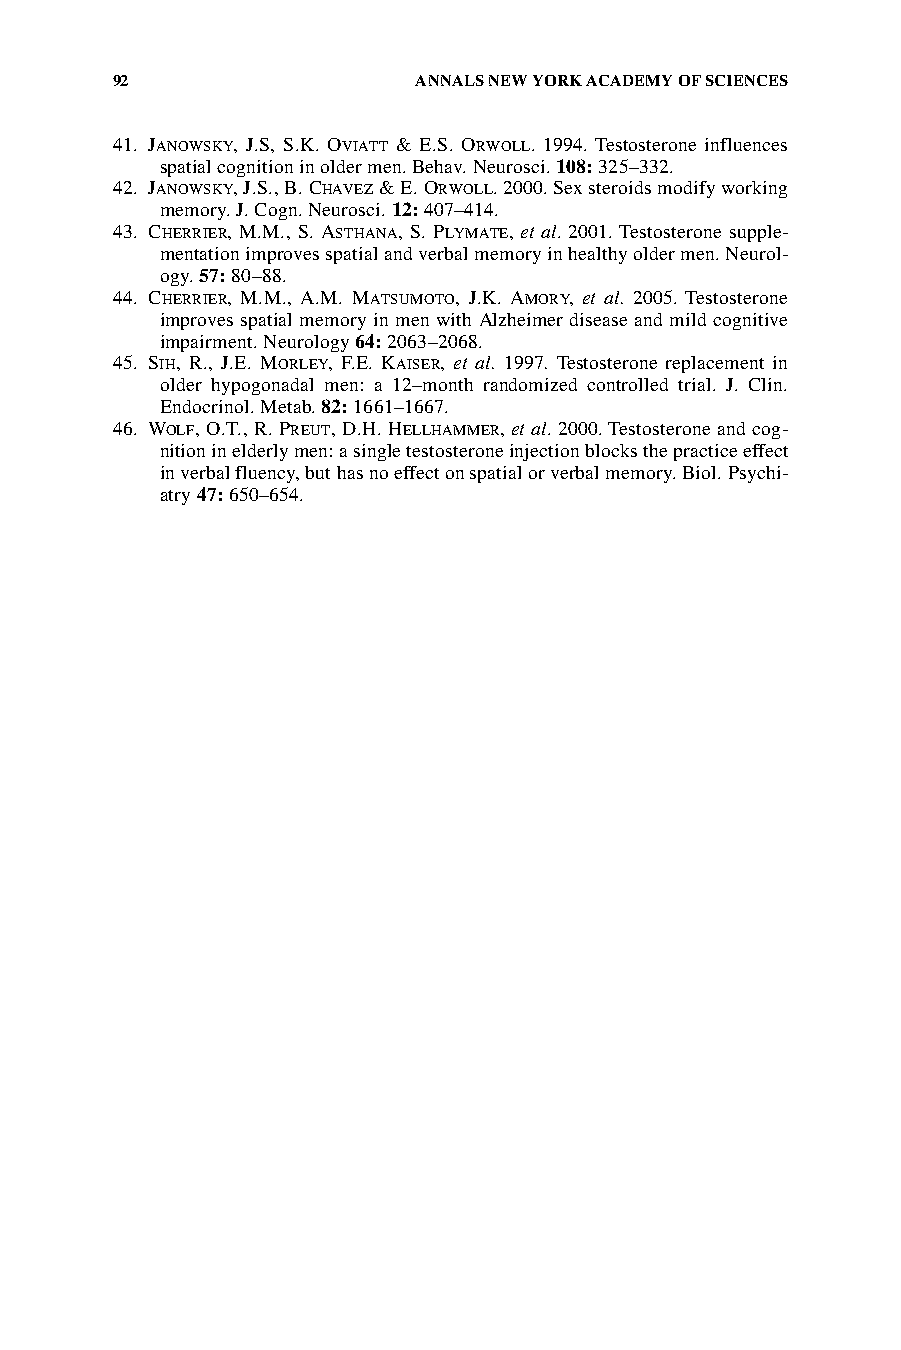
92                  ANNALS NEW YORK ACADEMY OF SCIENCES
 41. JANOWSKY, J.S, S.K. OVIATT & E.S. ORWOLL. 1994. Testosterone influences
 spatial cognition in older men. Behav. Neurosci. 108: 325–332.
 42. JANOWSKY, J.S., B. CHAVEZ & E. ORWOLL. 2000. Sex steroids modify working
 memory. J. Cogn. Neurosci. 12: 407–414.
 43. CHERRIER, M.M., S. ASTHANA, S. PLYMATE, et al. 2001. Testosterone supple-
 mentation improves spatial and verbal memory in healthy older men. Neurol-
 ogy. 57: 80–88.
 44. CHERRIER, M.M., A.M. MATSUMOTO, J.K. AMORY, et al. 2005. Testosterone
 improves spatial memory in men with Alzheimer disease and mild cognitive
 impairment. Neurology 64: 2063–2068.
 45. SIH, R., J.E. MORLEY, F.E. KAISER, et al. 1997. Testosterone replacement in
 older hypogonadal men: a 12–month randomized controlled trial. J. Clin.
 Endocrinol. Metab. 82: 1661–1667.
 46. WOLF, O.T., R. PREUT, D.H. HELLHAMMER, et al. 2000. Testosterone and cog-
 nition in elderly men: a single testosterone injection blocks the practice effect
 in verbal fluency, but has no effect on spatial or verbal memory. Biol. Psychi-
 atry 47: 650–654.